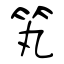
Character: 笂